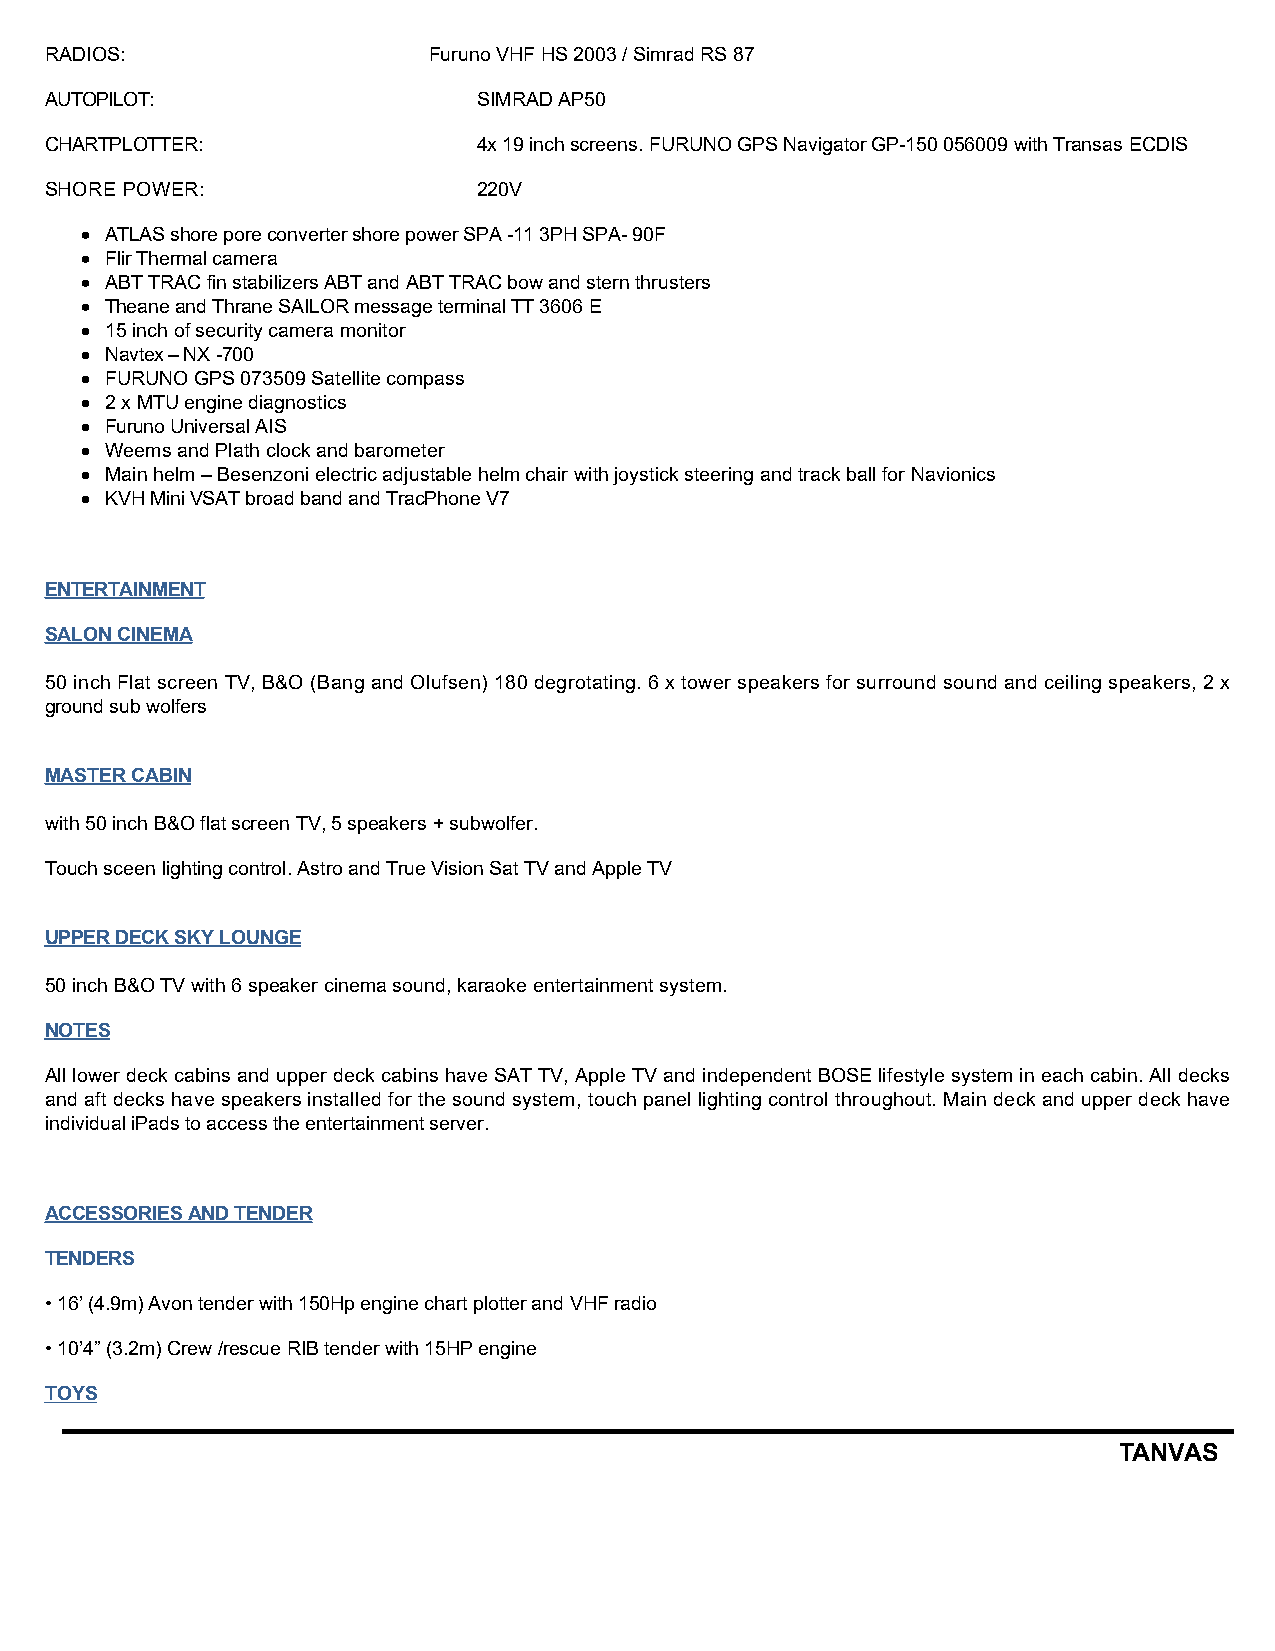
RADIOS:                  Furuno VHF HS 2003 / Simrad RS 87
 AUTOPILOT:                   SIMRAD AP50
 CHARTPLOTTER:                4x 19 inch screens. FURUNO GPS Navigator GP-150 056009 with Transas ECDIS
 SHORE POWER:                 220V
 ATLAS shore pore converter shore power SPA -11 3PH SPA- 90F
 Flir Thermal camera
 ABT TRAC fin stabilizers ABT and ABT TRAC bow and stern thrusters
 Theane and Thrane SAILOR message terminal TT 3606 E
 15 inch of security camera monitor
 Navtex – NX -700
 FURUNO GPS 073509 Satellite compass
 2 x MTU engine diagnostics
 Furuno Universal AIS
 Weems and Plath clock and barometer
 Main helm – Besenzoni electric adjustable helm chair with joystick steering and track ball for Navionics
 KVH Mini VSAT broad band and TracPhone V7
 ENTERTAINMENT
 SALON CINEMA
 50 inch Flat screen TV, B&O (Bang and Olufsen) 180 degrotating. 6 x tower speakers for surround sound and ceiling speakers, 2 x
 ground sub wolfers
 MASTER CABIN
 with 50 inch B&O flat screen TV, 5 speakers + subwolfer.
 Touch sceen lighting control. Astro and True Vision Sat TV and Apple TV
 UPPER DECK SKY LOUNGE
 50 inch B&O TV with 6 speaker cinema sound, karaoke entertainment system.
 NOTES
 All lower deck cabins and upper deck cabins have SAT TV, Apple TV and independent BOSE lifestyle system in each cabin. All decks
 and aft decks have speakers installed for the sound system, touch panel lighting control throughout. Main deck and upper deck have
 individual iPads to access the entertainment server.
 ACCESSORIES AND TENDER
 TENDERS
 •16’ (4.9m) Avon tender with 150Hp engine chart plotter and VHF radio
 •10’4” (3.2m) Crew /rescue RIB tender with 15HP engine
 TOYS
 TANVAS